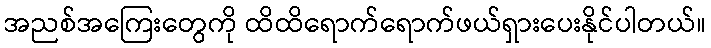
အညစ်အကြေးတွေကို ထိထိရောက်ရောက်ဖယ်ရှားပေးနိုင်ပါတယ်။